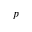
p